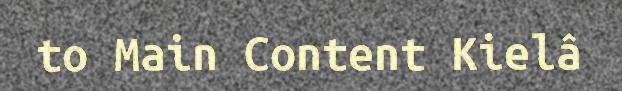
to Main Content Kielâ